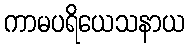
ကာမပရိယေသနာယ